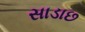
સાડાછ